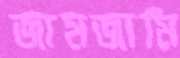
জামজামি